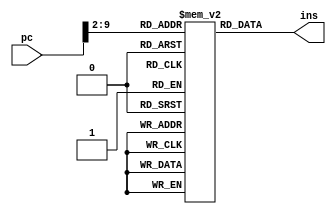
`timescale 1ns / 1ps
module InsMem(pc,  ins);
input [31:0]pc;
output [31:0]ins;
reg [31:0]ins=0;
reg[31:0] mem[255:0];
initial begin
mem[0] = 32'h20080004;
mem[1] = 32'h00009820;
mem[2] = 32'h8d110000;
mem[3] = 32'h22310001;
mem[4] = 32'h8d120004;
mem[5] = 32'h12320003;
mem[6] = 32'h02719820;
mem[7] = 32'h20120000;
mem[8] = 32'h08000003;
mem[9] = 32'h02729822;
mem[10]= 32'had130008;
mem[11]= 32'h8d130008;
mem[12]= 32'h0800000b;
end
always @(pc)begin
ins = mem[pc>>2]; 
end
endmodule